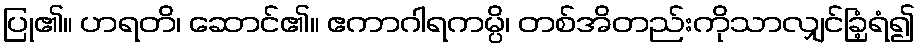
ပြု၏။ ဟရတိ၊ ဆောင်၏။ ဧကာဂါရကမ္ပိ၊ တစ်အိတည်းကိုသာလျှင်ခြံ့ရံ၍